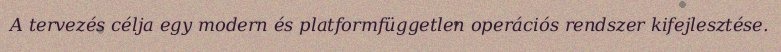
A tervezés célja egy modern és platformfüggetlen operációs rendszer kifejlesztése.